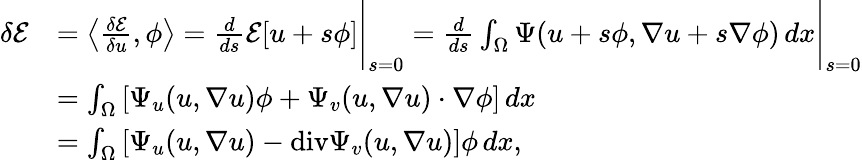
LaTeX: \begin{array}{rl}{\delta\mathcal{E}}&{=\left\langle\frac{\delta\mathcal{E}}{\delta u},\phi\right\rangle=\frac{d}{ds}\mathcal{E}[u+s\phi]\Bigg|_{s=0}=\frac{d}{ds}\int_{\Omega}\Psi(u+s\phi,\nabla u+s\nabla\phi)\, dx\Bigg|_{s=0}}\\ &{=\int_{\Omega}\left[\Psi_{u}(u,\nabla u)\phi+\Psi_{v}(u,\nabla u)\cdot\nabla\phi\right]\, dx}\\ &{=\int_{\Omega}\left[\Psi_{u}(u,\nabla u)-\mathrm{div}\Psi_{v}(u,\nabla u)\right]\phi\, dx,}\end{array}